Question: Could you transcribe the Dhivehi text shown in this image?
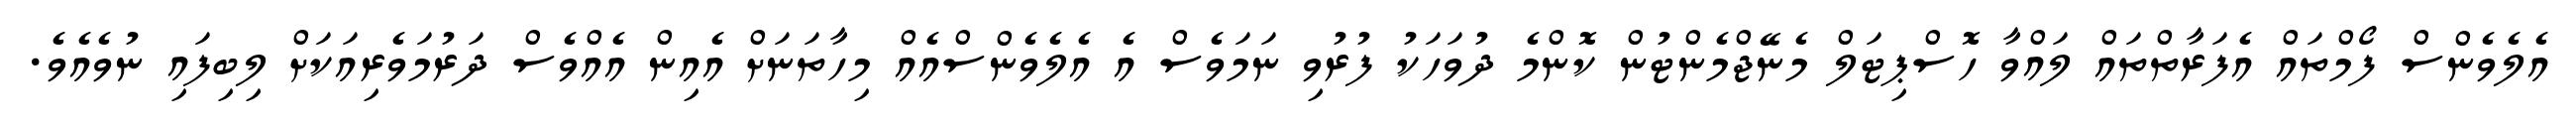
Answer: އެލެވެންސް ފޯމްތައް އެފަރާތްތައް ލައްވާ ހޮސްޕިޓަލް މެނޭޖްމެންޓުން ކޮންމެ ދުވަހަކު ފުރުވި ނަމަވެސް އެ އެލެވެންސްއެއް މިހާތަނަށް އެއިން އެއްވެސް ދަރުމަވެރިއަކަށް ލިބިފައި ނުވެއެވެ.